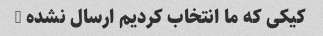
کیکی که ما انتخاب کردیم ارسال نشده …